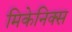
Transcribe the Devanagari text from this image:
मिकेनिक्स